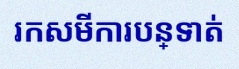
រកសមីការបន្ទាត់